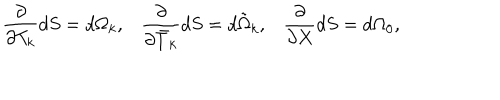
LaTeX: \frac { \partial } { \partial T _ { k } } d S = d \Omega _ { k } , \frac { \partial } { \partial \bar { T } _ { k } } d S = d \tilde { \Omega } _ { k } , \frac { \partial } { \partial X } d S = d \Omega _ { 0 } ,